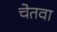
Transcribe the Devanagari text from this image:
चेतवा